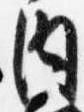
内